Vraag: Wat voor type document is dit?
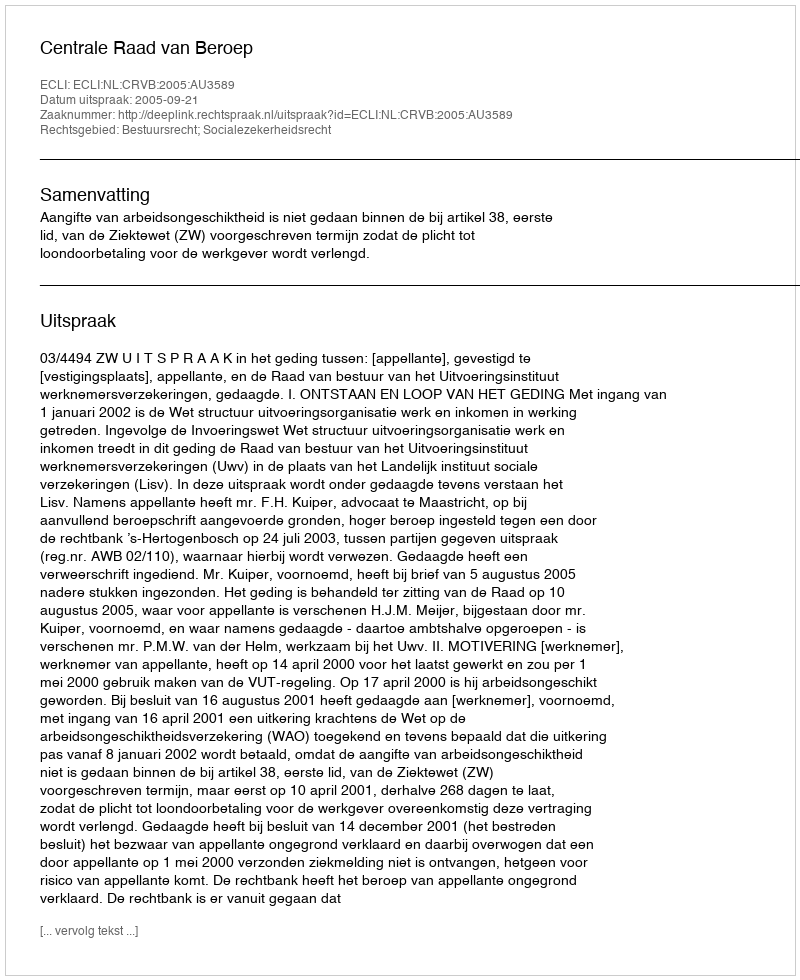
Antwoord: Uitspraak